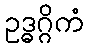
ဥဒ္ဓဂ္ဂိကံ